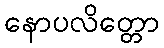
နောပလိတ္တော